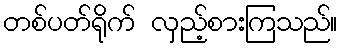
တစ်ပတ်ရိုက် လှည့်စားကြသည်။